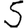
Digit: 5